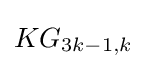
KG_{3k-1,k}